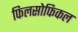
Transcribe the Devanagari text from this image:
फिलसोफिकल